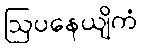
ဩပနေယျိကံ